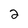
Character: 2